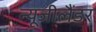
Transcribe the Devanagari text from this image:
न्यूजीलैंडर